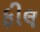
ફીલ